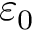
\varepsilon _ { 0 }